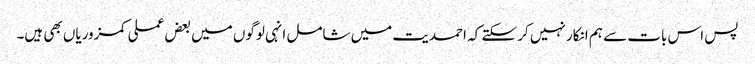
پس اس بات سے ہم انکار نہیں کر سکتے کہ احمدیت میں شامل انہی لوگوں میں بعض عملی کمزوریاں بھی ہیں۔